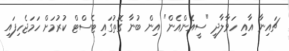
ޗައިނާ އާއި ހަވާލާދީ "ސީއެންއެން" އިން ބުނާ ގޮތުގައި ޓެސްޓް ކުރުމަށް ހަމަޖެހިފައި